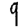
Digit: 9